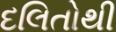
દલિતોથી